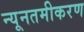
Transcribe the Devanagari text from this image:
न्यूनतमीकरण